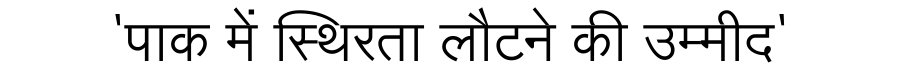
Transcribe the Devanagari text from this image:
'पाक में स्थिरता लौटने की उम्मीद'